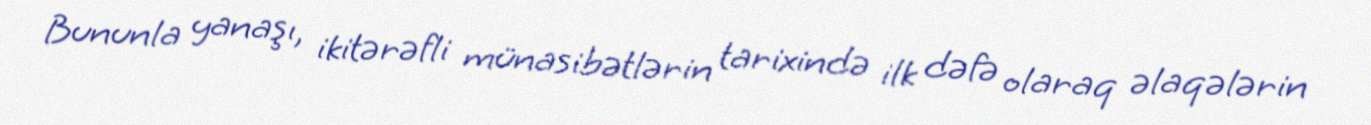
Bununla yanaşı, ikitərəfli münasibətlərin tarixində ilk dəfə olaraq əlaqələrin